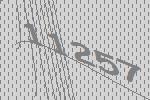
11257